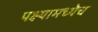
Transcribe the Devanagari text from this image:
पक्ष्यामध्येच